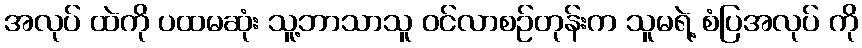
အလုပ် ထဲကို ပထမဆုံး သူ့ဘာသာသူ ဝင်လာစဉ်တုန်းက သူမရဲ့ စံပြအလုပ် ကို